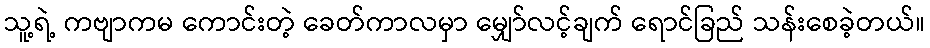
သူ့ရဲ့ ကဗျာကမ ကောင်းတဲ့ ခေတ်ကာလမှာ မျှော်လင့်ချက် ရောင်ခြည် သန်းစေခဲ့တယ်။